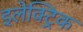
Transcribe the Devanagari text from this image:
इलेक्ट्रिक